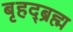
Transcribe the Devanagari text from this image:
बृहद्ब्रह्म